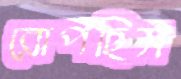
রোপছিস